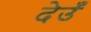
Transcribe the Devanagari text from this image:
देउँ